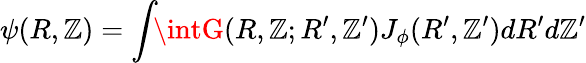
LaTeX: \psi(R,\mathbb{Z})=\int\! \! \intG(R,\mathbb{Z};R^{\prime},\mathbb{Z}^{\prime})J_{\phi}(R^{\prime},\mathbb{Z}^{\prime})dR^{\prime}d\mathbb{Z}^{\prime}